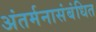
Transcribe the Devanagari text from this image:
अंतर्मनासंबंधित